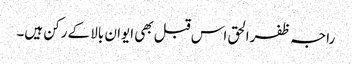
راجہ ظفرالحق اس قبل بھی ایوان بالا کے رکن ہیں۔